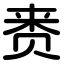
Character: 赉